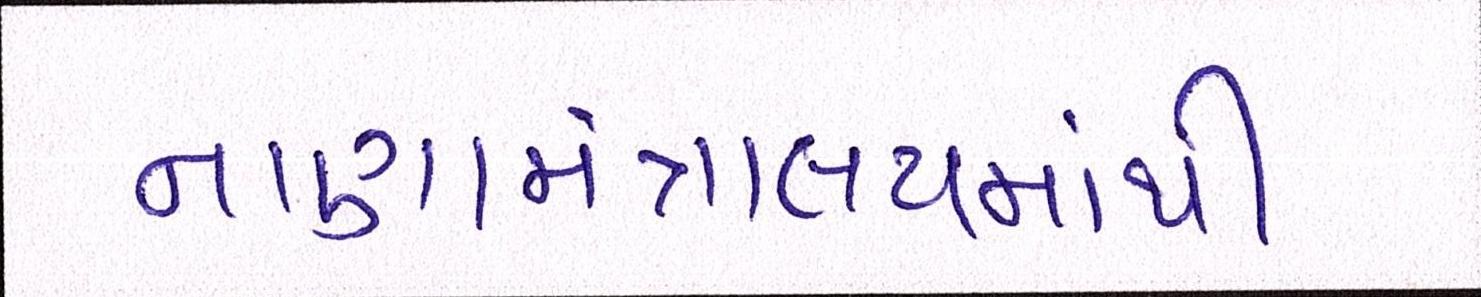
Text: નાણામંત્રાલયમાંથી